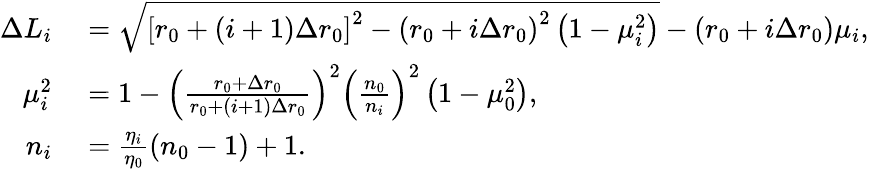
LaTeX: \begin{array}{rl}{\Delta L_{i}}&{{}=\sqrt{\left[r_{0}+\left(i+1\right)\Delta r_{0}\right]^{2}-\left(r_{0}+i\Delta r_{0}\right)^{2}\left(1-\mu_{i}^{2}\right)}-\left(r_{0}+i\Delta r_{0}\right)\mu_{i},}\\ {\mu_{i}^{2}}&{{}=1-\left(\frac{r_{0}+\Delta r_{0}}{r_{0}+\left(i+1\right)\Delta r_{0}}\right)^{2}\left(\frac{n_{0}}{n_{i}}\right)^{2}\left(1-\mu_{0}^{2}\right),}\\ {n_{i}}&{{}=\frac{\eta_{i}}{\eta_{0}}\left(n_{0}-1\right)+1.}\end{array}